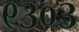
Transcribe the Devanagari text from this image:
९३०३